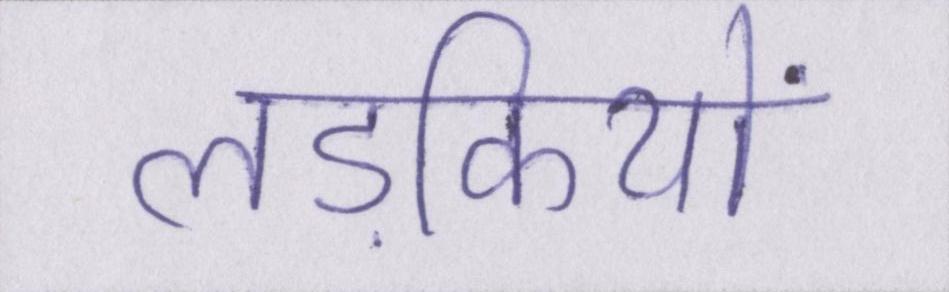
लड़कियों